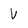
Character: V